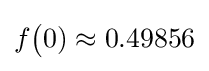
f{\bigl (}0)\approx 0.49856